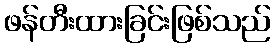
ဖန်တီးထားခြင်းဖြစ်သည်